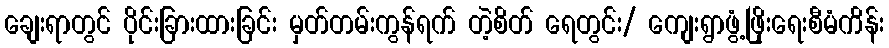
ချေးရာတွင် ပိုင်းခြားထားခြင်း မှတ်တမ်းကွန်ရက် တဲ့စိတ် ရေတွင်း/ ကျေးရွာဖွံ့ဖြိုးရေးစီမံကိန်း